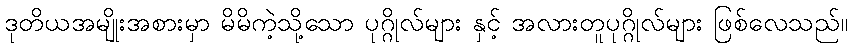
ဒုတိယအမျိုးအစားမှာ မိမိကဲ့သို့သော ပုဂ္ဂိုလ်များ နှင့် အလားတူပုဂ္ဂိုလ်များ ဖြစ်လေသည်။